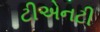
ટીએનટી